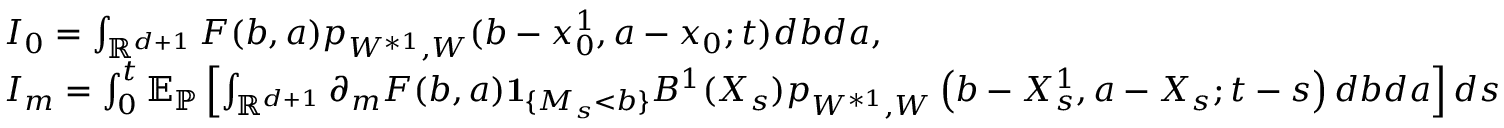
\begin{array} { r l } & { I _ { 0 } = \int _ { { \mathbb R } ^ { d + 1 } } F ( b , a ) p _ { W ^ { * 1 } , W } ( b - x _ { 0 } ^ { 1 } , a - x _ { 0 } ; t ) d b d a , } \\ & { I _ { m } = \int _ { 0 } ^ { t } { \mathbb E } _ { \mathbb { P } } \left[ \int _ { { \mathbb R } ^ { d + 1 } } \partial _ { m } F ( b , a ) { \mathbf 1 } _ { \{ M _ { s } < b \} } B ^ { 1 } ( X _ { s } ) p _ { W ^ { * 1 } , W } \left( b - X _ { s } ^ { 1 } , a - X _ { s } ; t - s \right) d b d a \right] d s } \end{array}